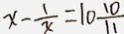
x - \frac { 1 } { x } = 1 0 \frac { 1 0 } { 1 1 }